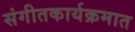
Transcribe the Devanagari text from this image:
संगीतकार्यक्रमात